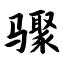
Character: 骤